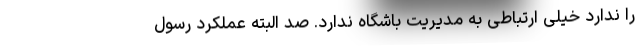
را ندارد خیلی ارتباطی به مدیریت باشگاه ندارد. صد البته عملکرد رسول